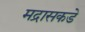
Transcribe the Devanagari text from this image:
मद्रासकडे